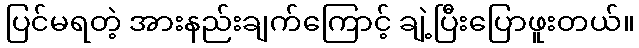
ပြင်မရတဲ့ အားနည်းချက်ကြောင့် ချဲ့ပြီးပြောဖူးတယ်။